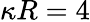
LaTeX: \kappa R=4